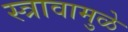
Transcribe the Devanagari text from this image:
स्त्रावामुळे